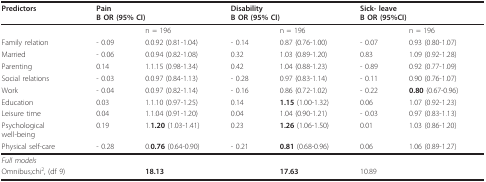
| Predictors | <COLSPAN=2> PainB OR (95% CI) | <COLSPAN=2> DisabilityB OR (95% CI) | <COLSPAN=2> Sick- leaveB OR (95%CI) |
 | --- | --- | --- | --- | --- | --- | --- |
 |  |  | n = 196 |  | n = 196 |  | n = 196 |
 | Family relation | - 0.09 | 0.0.92 (0.81-1.04) | - 0.14 | 0.87 (0.76-1.00) | - 0.07 | 0.93 (0.80-1.07) |
 | Married | - 0.06 | 0.0.94 (0.82-1.08) | 0.32 | 1.03 (0.89-1.20) | 0.83 | 1.09 (0.92-1.28) |
 | Parenting | 0.14 | 1.1.15 (0.98-1.34) | 0.42 | 1.04 (0.88-1.23) | - 0.89 | 0.92 (0.77-1.09) |
 | Social relations | - 0.03 | 0.0.97 (0.84-1.13) | - 0.28 | 0.97 (0.83-1.14) | - 0.11 | 0.90 (0.76-1.07) |
 | Work | - 0.04 | 0.0.97 (0.82-1.14) | - 0.16 | 0.86 (0.72-1.02) | - 0.22 | 0.80 (0.67-0.96) |
 | Education | 0.03 | 1.1.10 (0.97-1.25) | 0.14 | 1.15 (1.00-1.32) | 0.06 | 1.07 (0.92-1.23) |
 | Leisure time | 0.04 | 1.1.04 (0.91-1.20) | 0.04 | 1.04 (0.90-1.21) | - 0.03 | 0.97 (0.83-1.13) |
 | Psychologicalwell-being | 0.19 | 1.1.20 (1.03-1.41) | 0.23 | 1.26 (1.06-1.50) | 0.01 | 1.03 (0.86-1.20) |
 | Physical self-care | - 0.28 | 0.0.76 (0.64-0.90) | - 0.21 | 0.81 (0.68-0.96) | 0.06 | 1.06 (0.89-1.27) |
 | Full models |  |  |  |  |  |  |
 | Omnibus;chi2, (df 9) |  | 18.13 |  | 17.63 | 10.89 |  |